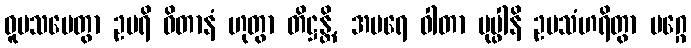
ဝူပသမေတွာ ဥပရိ ဝိတာနံ ဟုတွာ တိဋ္ဌန္တိ, အပရေ ဝါတာ ပုပ္ဖါနိ ဥပသံဟရိတွာ မဂ္ဂေ